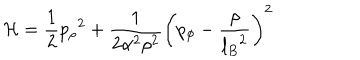
LaTeX: { \cal H } = { \frac { 1 } { 2 } } { p _ { \rho } } ^ { 2 } + { \frac { 1 } { 2 \alpha ^ { 2 } \rho ^ { 2 } } } \left( { p _ { \phi } } - { \frac { \rho } { { l _ { B } } ^ { 2 } } } \right) ^ { 2 }